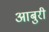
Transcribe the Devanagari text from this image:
आबुरी